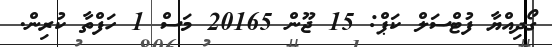
ގޯދިއްޔާ ފުޓްސަލް ކަޕް: 15 ޖޫން 20165 މަސް 1 ހަފްތާ ކުރިން.